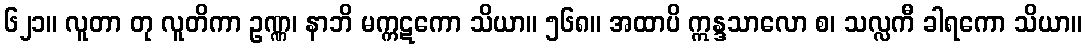
၆၂၁။ လူတာ တု လူတိကာ ဥဏ္ဏ၊ နာဘိ မက္ကဋကော သိယာ။ ၅၆၈။ အထာပိ ဣန္ဒသာလော စ၊ သလ္လကီ ခါရကော သိယာ။